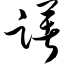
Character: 躇